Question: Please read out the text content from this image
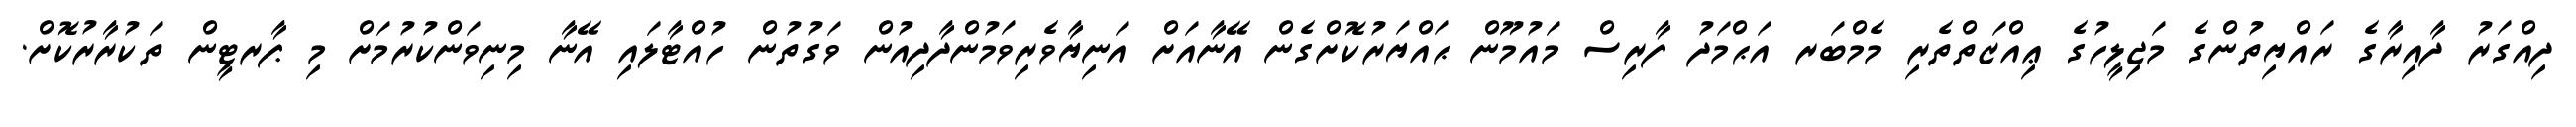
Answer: ދިއްގަރު ދާއިރާގެ ރައްޔިތުންގެ މަޖިލީހުގެ ޢިއްޒަތްތެރި މެމްބަރ އަޙްމަދު ފާރިސް މައުމޫން ޙައްޔަރުކޮށްގެން އޭނާއަށް އަނިޔާވެރިވަމުންދާދިއުން ވަގުތުން ހުއްޓާލައި އޭނާ މިނިވަންކުރުމަށް މި ޕާރޓީން ތަކުރާރުކޮށް.